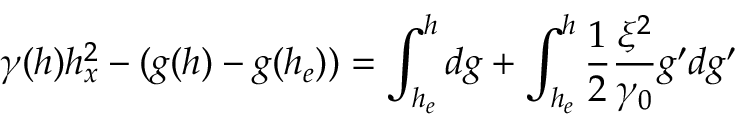
\gamma ( h ) h _ { x } ^ { 2 } - ( g ( h ) - g ( h _ { e } ) ) = \int _ { h _ { e } } ^ { h } d g + \int _ { h _ { e } } ^ { h } \frac { 1 } { 2 } \frac { \xi ^ { 2 } } { \gamma _ { 0 } } g ^ { \prime } d g ^ { \prime }